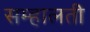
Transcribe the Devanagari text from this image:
सम्हालती